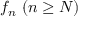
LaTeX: f _ { n } \ ( n \geq N )